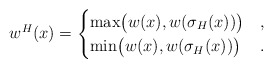
\begin{align*} w^H (x) = \begin{cases} \max \bigl(w (x), w (\sigma_H (x))\bigr) & ,\\ \min \bigl(w (x), w (\sigma_H (x))\bigr) & . \end{cases}\end{align*}